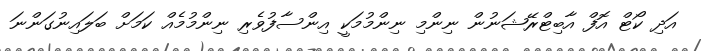
އަދި ކޯޓް އޮފް އާބިޓްރޭޝަނުން ނިންމި ނިންމުމަކީ އިންސާފުވެރި ނިންމުމެއް ކަމަށް ބަލައިނުގަންނަ